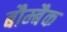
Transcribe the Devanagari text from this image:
बौम्बैक